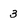
Character: 3